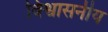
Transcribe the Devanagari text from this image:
विश्वासनीय